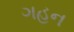
ગહન